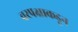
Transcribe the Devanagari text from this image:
वरपक्षाकडून